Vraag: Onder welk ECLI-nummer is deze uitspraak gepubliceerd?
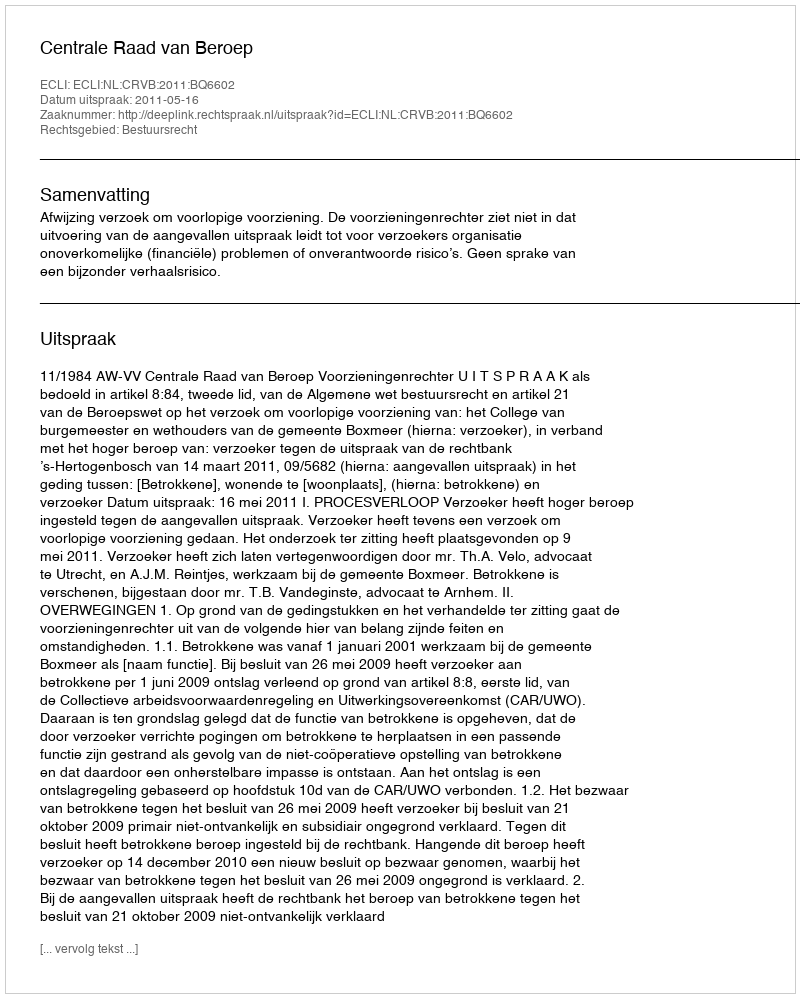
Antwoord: ECLI:NL:CRVB:2011:BQ6602